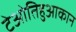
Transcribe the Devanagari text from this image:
टेओतिहुआकान